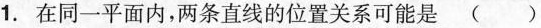
1.在同一平面内，两条直线的位置关系可能是()